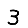
Digit: 3